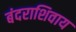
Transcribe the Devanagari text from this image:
बंदराशिवाय